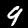
Digit: 9